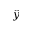
\hat { y }